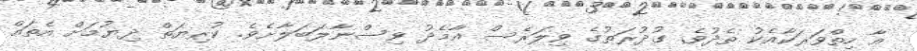
އާ ހިތްވަރަކާއެކު ތެދުވެ